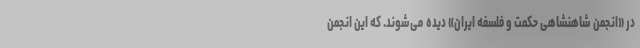
در «انجمن شاهنشاهی حکمت و فلسفه ایران» دیده می‌شوند. که این انجمن